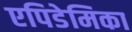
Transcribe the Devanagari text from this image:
एपिडेमिका